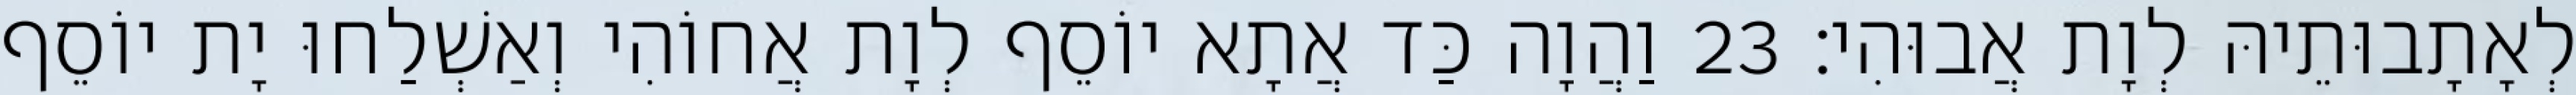
לְאָתָבוּתֵיהּ לְוָת אֲבוּהִי׃ 23 וַהֲוָה כַּד אֲתָא יוֹסֵף לְוָת אֲחוֹהִי וְאַשְׁלַחוּ יָת יוֹסֵף